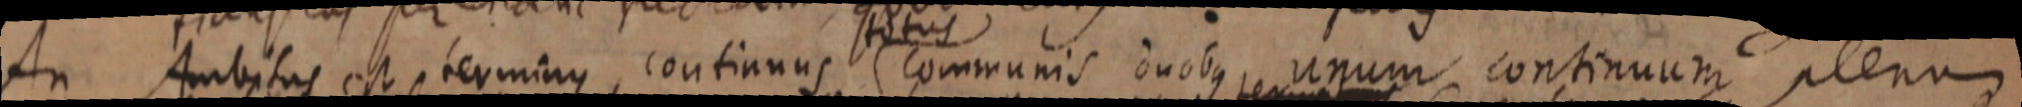
An Ambitus est terminus, continuus communis duobus unum continuum plenum